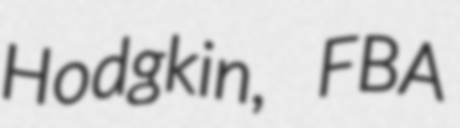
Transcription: Hodgkin, FBA